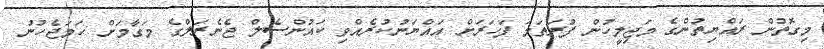
މިގޮތުން ރައްޔިތުންގެ މަޖިލީހުން ފުރަތަމަ ފަހަރަށް އައްޔަނުކުރެއްވި ކައުންސެލް ޖެނެރަލްގެ މަގާމަށް ހަމަޖެހުނު